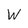
Character: W